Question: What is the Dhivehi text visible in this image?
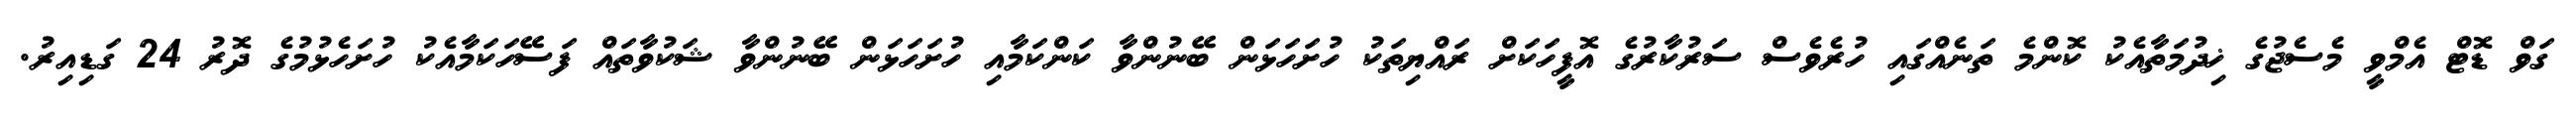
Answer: ގަވް ޑޮޓް އެމްވީ މެސެޖުގެ ޚިދުމަތާއެކު ކޮންމެ ތަނެއްގައި ހުރެވެސް ސަރުކާރުގެ އޮފީހަކަށް ރައްޔިތަކު ހުށަހަޅަން ބޭނުންވާ ކަންކަމާއި ހުށަހަޅަން ބޭނުންވާ ޝަކުވާތައް ފަސޭހަކަމާއެކު ހުށަހެޅުމުގެ ދޮރު 24 ގަޑިއިރު.